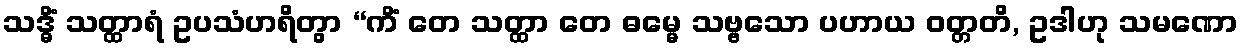
သဒ္ဓိံ သတ္ထာရံ ဥပသံဟရိတွာ “ကိံ တေ သတ္ထာ တေ ဓမ္မေ သဗ္ဗသော ပဟာယ ဝတ္တတိ, ဥဒါဟု သမဏော